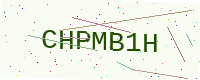
Text: CHPMB1H